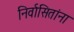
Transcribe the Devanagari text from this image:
निर्वासितांना